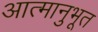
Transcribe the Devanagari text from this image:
आत्मानुभूत